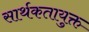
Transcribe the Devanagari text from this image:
सार्थकतायुक्त